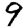
Digit: 9